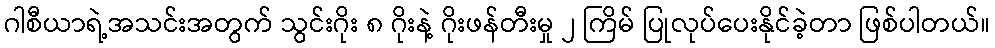
ဂါစီယာရဲ့အသင်းအတွက် သွင်းဂိုး ၈ ဂိုးနဲ့ ဂိုးဖန်တီးမှု ၂ ကြိမ် ပြုလုပ်ပေးနိုင်ခဲ့တာ ဖြစ်ပါတယ်။